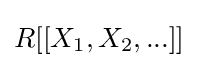
R[[X_{1},X_{2},...]]